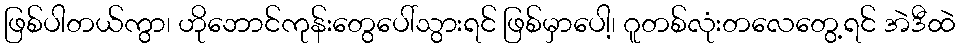
ဖြစ်ပါတယ်ကွာ၊ ဟိုဘောင်ကုန်းတွေပေါ်သွားရင် ဖြစ်မှာပေါ့၊ ဂူတစ်လုံးတလေတွေ့ရင် အဲဒီထဲ